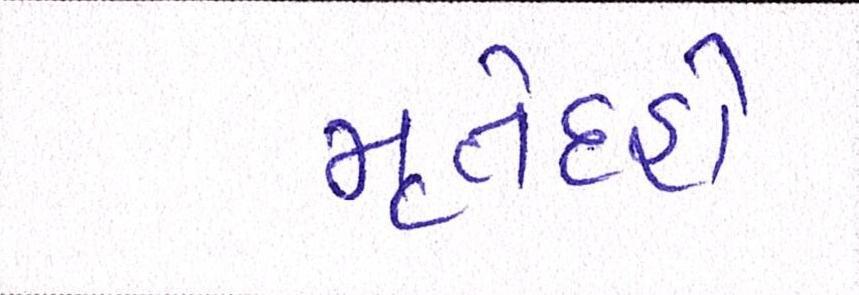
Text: મૃતેદહો